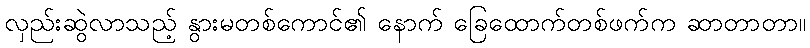
လှည်းဆွဲလာသည့် နွားမတစ်ကောင်၏ နောက် ခြေထောက်တစ်ဖက်က ဆာတာတာ။